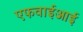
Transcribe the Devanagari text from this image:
एफवाईआई